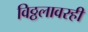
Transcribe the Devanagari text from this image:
विठ्ठलावरही